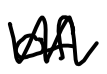
Text: of
Cross-out: zig-zag
Writing tool: digital_black